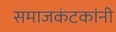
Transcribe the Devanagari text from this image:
समाजकंटकांनी